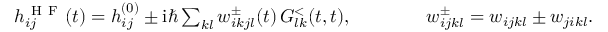
\begin{array} { r } { h _ { i j } ^ { \mathrm { ~ H ~ F ~ } } ( t ) = h _ { i j } ^ { ( 0 ) } \pm \mathrm { i } \hbar \sum _ { k l } w _ { i k j l } ^ { \pm } ( t ) \, G _ { l k } ^ { < } ( t , t ) , \qquad \qquad w _ { i j k l } ^ { \pm } = w _ { i j k l } \pm w _ { j i k l } . } \end{array}